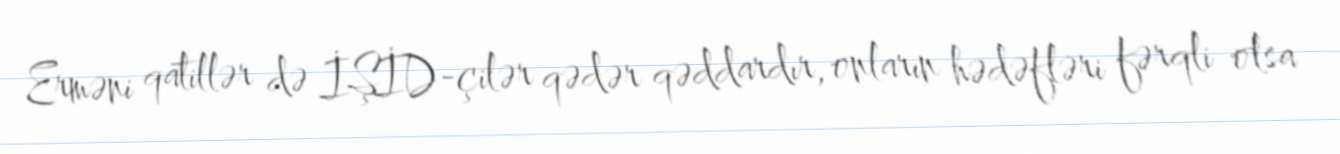
Erməni qatillər də İŞİD-çilər qədər qəddardır, onların hədəfləri fərqli olsa